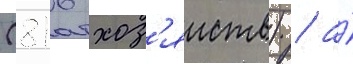
(816 хоз'яиств) / а́